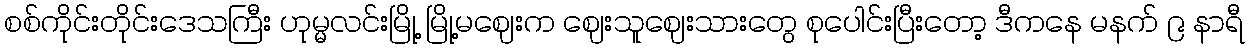
စစ်ကိုင်းတိုင်းဒေသကြီး ဟုမ္မလင်းမြို့ မြို့မဈေးက ဈေးသူဈေးသားတွေ စုပေါင်းပြီးတော့ ဒီကနေ မနက် ၉ နာရီ